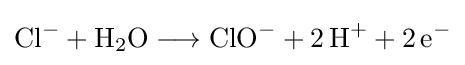
{\mathrm {Cl} {\vphantom {A}}^{-}{}+{}\mathrm {H} {\vphantom {A}}_{\smash[{t}]{2}}\mathrm {O} {}\mathrel {\longrightarrow } {}\mathrm {ClO} {\vphantom {A}}^{-}{}+{}2\,\mathrm {H} {\vphantom {A}}^{+}{}+{}2\,\mathrm {e} {\vphantom {A}}^{-}}